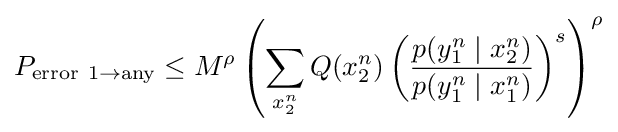
P_{\mathrm {error} \ 1\to \mathrm {any} }\leq M^{\rho }\left(\sum _{x_{2}^{n}}Q(x_{2}^{n})\left({\frac {p(y_{1}^{n}\mid x_{2}^{n})}{p(y_{1}^{n}\mid x_{1}^{n})}}\right)^{s}\right)^{\rho }